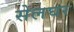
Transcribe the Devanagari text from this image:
सेलघर